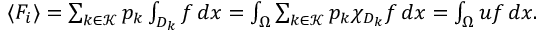
\begin{array} { r } { \langle F _ { i } \rangle = \sum _ { k \in \mathcal K } p _ { k } \int _ { D _ { k } } f \, d x = \int _ { \Omega } \sum _ { k \in \mathcal K } p _ { k } \chi _ { D _ { k } } f \, d x = \int _ { \Omega } u f \, d x . } \end{array}